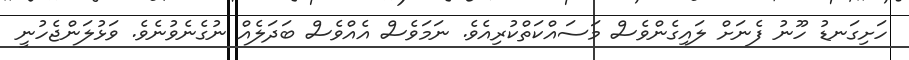
ހަށިގަނޑު ހޫނު ފެނަށް ލައިގެންވެސް މަސައްކަތްކުރިއެވެ. ނަމަވެސް އެއްވެސް ބަދަލެއް ނުގެނެވުނެވެ. ވަޅުލަންޖެހުނީ